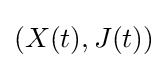
(X(t),J(t))